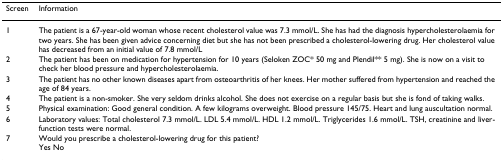
<table><thead><tr><td><b>Screen</b></td><td><b>Information</b></td></tr></thead><tbody><tr><td>1</td><td>The patient is a 67-year-old woman whose recent cholesterol value was 7.3 mmol/L. She has had the diagnosis hypercholesterolaemia for two years. She has been given advice concerning diet but she has not been prescribed a cholesterol-lowering drug. Her cholesterol value has decreased from an initial value of 7.8 mmol/L</td></tr><tr><td>2</td><td>The patient has been on medication for hypertension for 10 years (Seloken ZOC* 50 mg and Plendil** 5 mg). She is now on a visit to check her blood pressure and hypercholesterolaemia.</td></tr><tr><td>3</td><td>The patient has no other known diseases apart from osteoarthritis of her knees. Her mother suffered from hypertension and reached the age of 84 years.</td></tr><tr><td>4</td><td>The patient is a non-smoker. She very seldom drinks alcohol. She does not exercise on a regular basis but she is fond of taking walks.</td></tr><tr><td>5</td><td>Physical examination: Good general condition. A few kilograms overweight. Blood pressure 145/75. Heart and lung auscultation normal.</td></tr><tr><td>6</td><td>Laboratory values: Total cholesterol 7.3 mmol/L. LDL 5.4 mmol/L. HDL 1.2 mmol/L. Triglycerides 1.6 mmol/L. TSH, creatinine and liver-function tests were normal.</td></tr><tr><td>7</td><td>Would you prescribe a cholesterol-lowering drug for this patient?Yes No</td></tr></tbody></table>